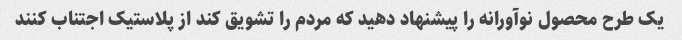
یک طرح محصول نوآورانه را پیشنهاد دهید که مردم را تشویق کند از پلاستیک اجتناب کنند